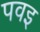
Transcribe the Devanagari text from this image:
पवइ